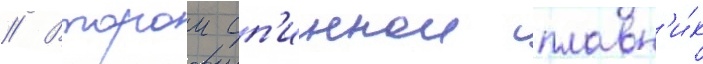
// Второи сп'иннои плавн'и́к